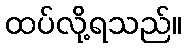
ထပ်လို့ရသည်။